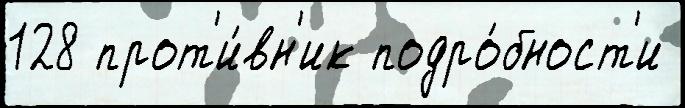
128 прот'и́вн'ик подро́бност'и